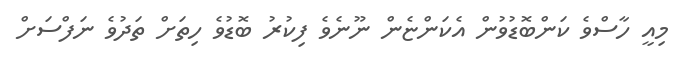
މިއީ ހާސްވެ ކަންބޮޑުވުން އެކަންޏެން ނޫނެވެ ފިކުރު ބޮޑުވެ ހިތަށް ތަދުވެ ނަފްސަށް